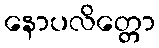
နောပလိတ္တော